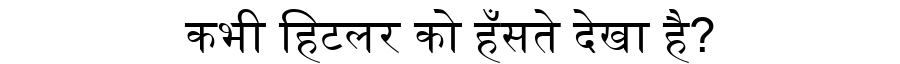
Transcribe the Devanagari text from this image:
कभी हिटलर को हँसते देखा है?